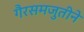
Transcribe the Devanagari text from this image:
गैरसमजुतीने